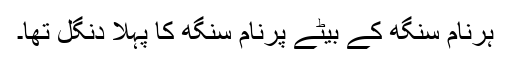
ہرنام سنگھ کے بیٹے پرنام سنگھ کا پہلا دنگل تھا۔